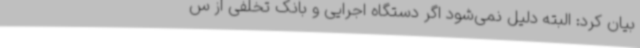
بیان کرد: البته دلیل نمی‌شود اگر دستگاه‌ اجرایی و بانک تخلفی از س